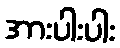
အားပါးပါး